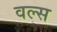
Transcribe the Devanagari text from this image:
वल्स